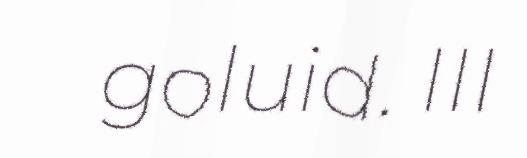
goluid. III